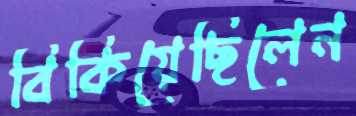
বিকিয়েছিলেন